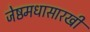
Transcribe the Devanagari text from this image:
जेष्ठमधासारखी